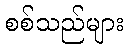
စစ်သည်များ